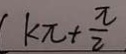
k \pi + \frac { \pi } { 2 }